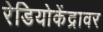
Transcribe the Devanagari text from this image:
रेडियोकेंद्रावर